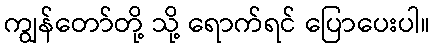
ကျွန်တော်တို့ သို့ ရောက်ရင် ပြောပေးပါ။